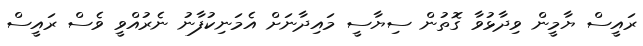
ރައީސް ޔާމީން ވިދާޅުވާ ގޮތުން ސިޔާސީ މައިދާނަށް އެމަނިކުފާނު ނެރުއްވީ ވެސް ރައީސް